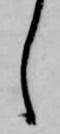
し